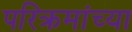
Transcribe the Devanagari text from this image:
परिक्रमांच्या